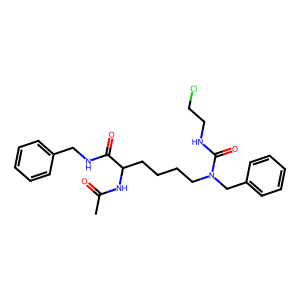
SMILES: CC(=O)NC(CCCCN(Cc1ccccc1)C(=O)NCCCl)C(=O)NCc1ccccc1
Inhibits HIV replication: No